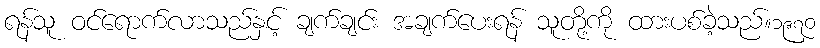
ရန်သူ ဝင်ရောက်လာသည်နှင့် ချက်ချင်း အချက်ပေးရန် သူတို့ကို ထားပစ်ခဲ့သည်။၁၉၇၀